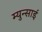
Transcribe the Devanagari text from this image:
म्युन्साई